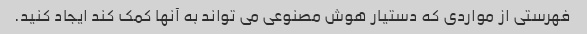
فهرستی از مواردی که دستیار هوش مصنوعی می تواند به آنها کمک کند ایجاد کنید.